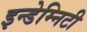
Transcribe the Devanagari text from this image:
इन्डेम्निटी